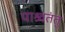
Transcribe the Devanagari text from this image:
पाश्र्वतंतु